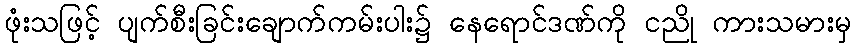
ဖုံးသဖြင့် ပျက်စီးခြင်းချောက်ကမ်းပါး၌ နေရောင်ဒဏ်ကို ငညို ကားသမားမှ